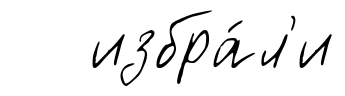
избра́л'и